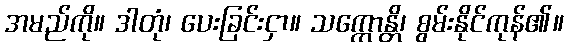
အမည်ကို။ ဒါတုံ၊ ပေးခြင်းငှာ။ သက္ကောန္တိ၊ စွမ်းနိုင်ကုန်၏။